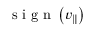
\mathrm { ~ s ~ i ~ g ~ n ~ } \left( v _ { \| } \right)